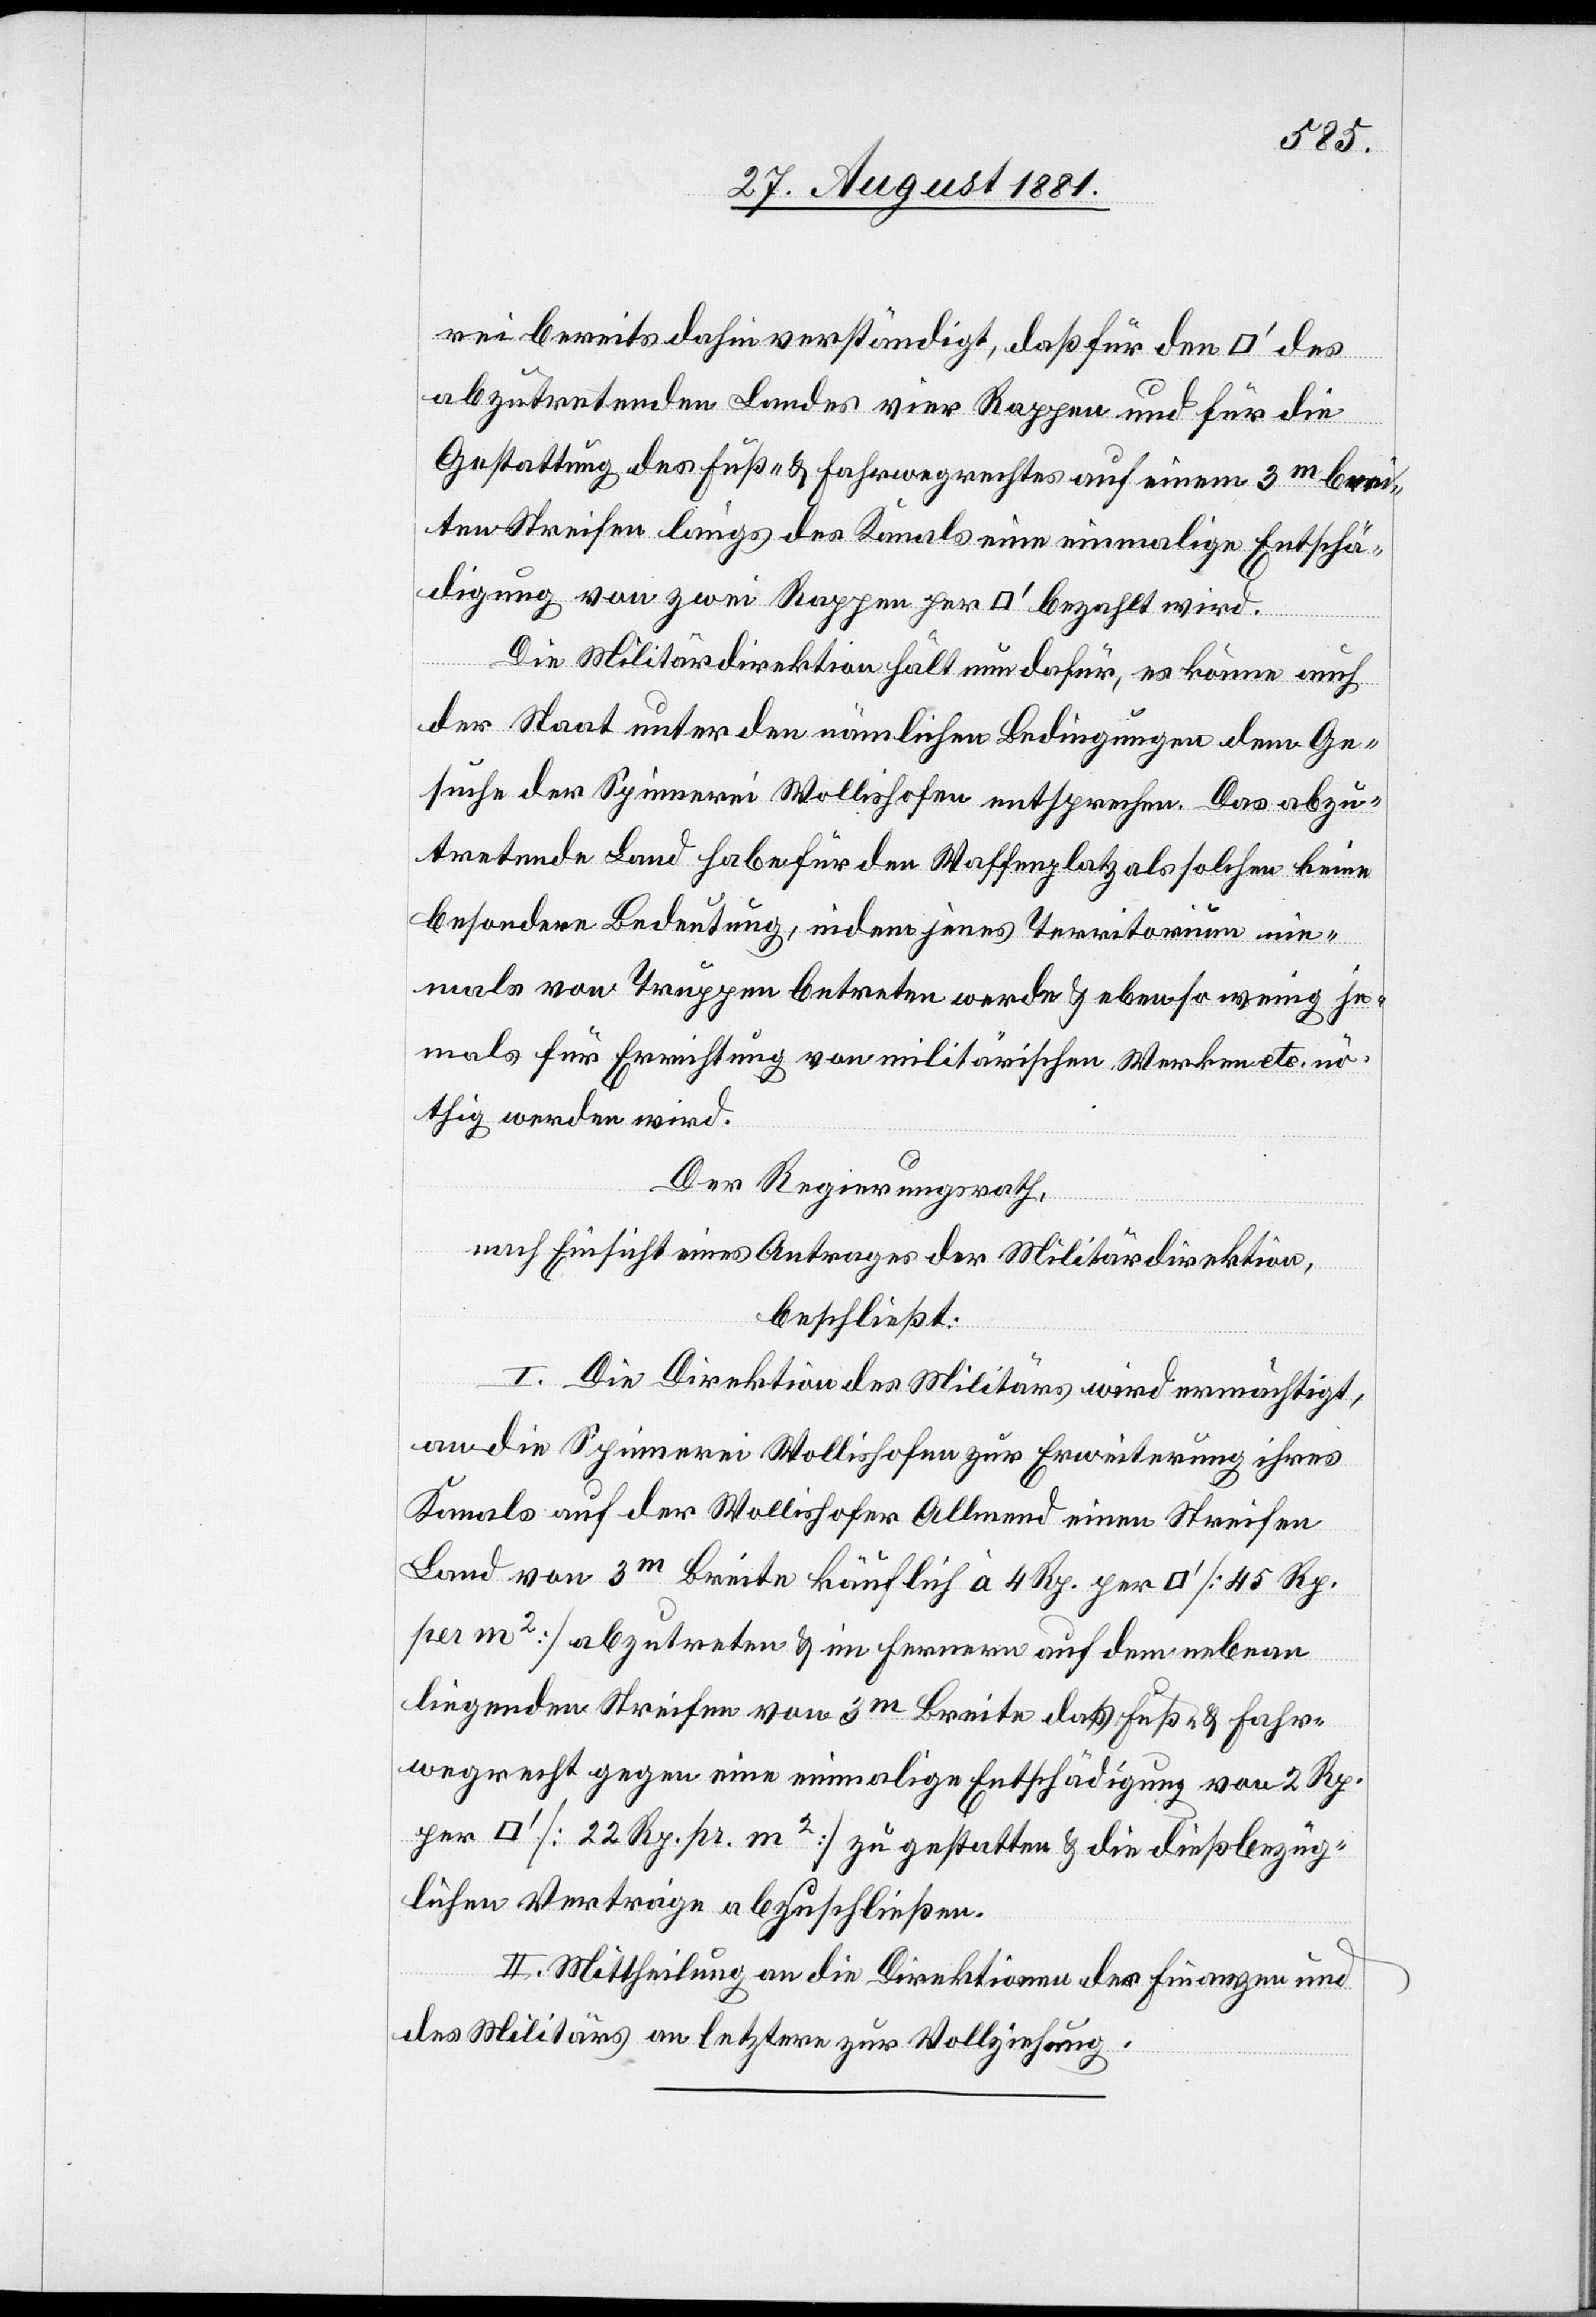
rei bereits dahin verständigt, daß für den
abzutretenden Landes vier Rappen und für die
Gestaltung des Fuß- & Fahrwegrechtes auf einem 3m brei¬
ten Streifen längs des Kanals eine einmalige Entschä¬
digung von zwei Rappen per [Quadratfuss] bezahlt wird.
uss]
Die Militärdirektion hält nun dafür, es könne auch
der Staat unter den nämlichen Bedingungen dem Ge¬
suche der Spinnerei Wollishofen entsprechen. Das abzu¬
tretende Land habe für den Waffenplatz als solchen keine
besondere Bedeutung, indem jenes Territorium e¬
inmals von Truppen betreten werde & ebenso wenig je¬
mals für Errichtung von militärischen Werken etc. nö¬
thig werden wird.
Der Regierungsrath,
nach Einsicht eines Antrages der Militärdirektion,
beschließt:
I. Die Direktion des Militärs wird ermächtigt,
an die Spinnerei Wollishofen zur Erweiterung ihres
Kanals auf der Wollishofer Allmend einen Streifen
Land von 3m Breite käuflich à 4 Rp. per [Quadratf¬
per m2] abzutreten & im Fernern auf dem nebean
liegenden Streifen von 3m Breite das Fuß- & Fahr¬
wegrecht gegen eine einmalige Entschädigung von 2 Rp.
[22 Rp. pr. m2] zu gestatten & die dießbezüg¬
lichen Verträge abzuschließen.
II. Mittheilung an die Direktionen der Finanzen und
des Militärs an letztere zur Vollziehung.